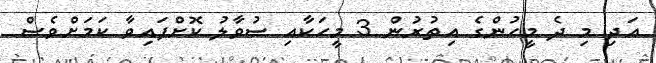
އަދި މި ދެ މީހުންގެ އިތުރުން 3 މީހަކާއި ސުވާލު ކޮށްފައިވާ ކަމަށްވެސް